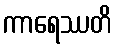
ကာရေဿတိ